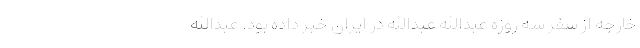
خارجه از سفر سه روزه عبدالله عبدالله در ایران خبر داده بود. عبدالله